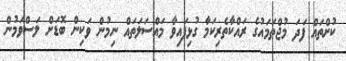
ކުށްތައް ފަދަ މުޖްތަމައުގެ ރައްކާތެރިކަމާ ގުޅިފައިވާ މައްސަލަތައް ނިމުން ވަކިން ބޮޑަށް ލަސްވަމުން